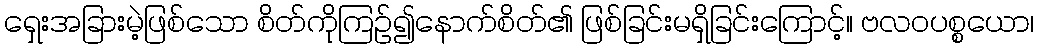
ရှေးအခြားမဲ့ဖြစ်သော စိတ်ကိုကြဉ်၍နောက်စိတ်၏ ဖြစ်ခြင်းမရှိခြင်းကြောင့်။ ဗလဝပစ္စယော၊